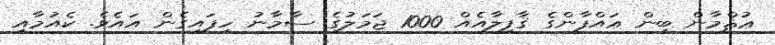
ޢުޘްމާން ބިން ޢައްފާންގެ ޤާފިލާއެއް 1000 ޖަމަލުގެ ސާމާނު ހިފައިގެން އައެވެ. ކެއުމާއި